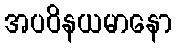
အပဝိနယမာနော